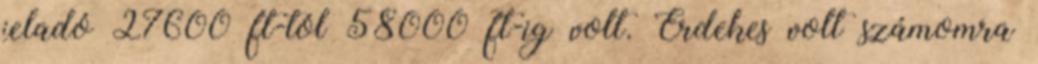
jeladó 27600 ft-tól 58000 ft-ig volt. Érdekes volt számomra